Scientific memoirs by medical officers of the Army of India - Part IV,
Year: 1889
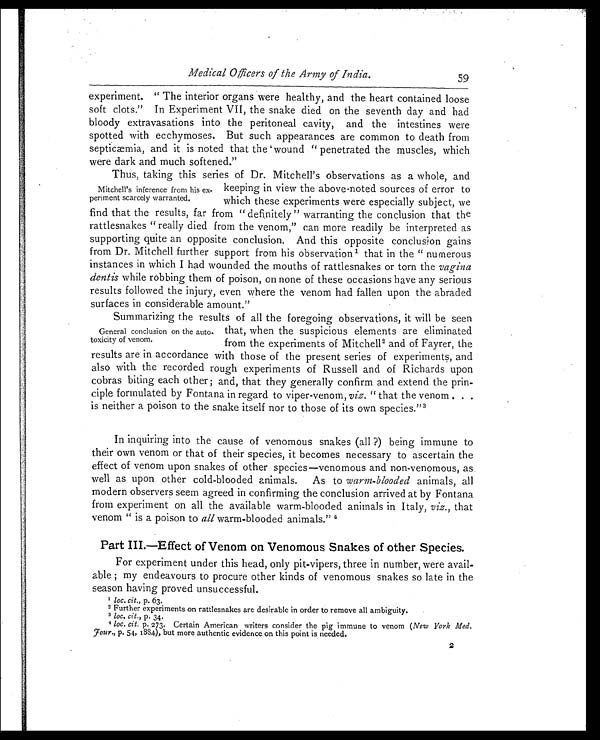
Medical Officers of the Army of India.
experiment. "The interior organs were healthy, and the heart contained loose
soft clots." In Experiment VII, the snake died on the seventh day and had
bloody extravasations into the peritoneal cavity, and the intestines were
spotted with ecchymoses. But such appearances are common to death from
septicæmia, and it is noted that the wound "penetrated the muscles, which
were dark and much softened."
Thus, taking this series of Dr. Mitchell's observations as a whole, and
keeping in view the above-noted sources of error to
which these experiments were especially subject, we
find that the results, far from "definitely" warranting the conclusion that the
rattlesnakes "really died from the venom," can more readily be interpreted as
supporting quite an opposite conclusion. And this opposite conclusion gains
from Dr. Mitchell further support from his observation1 that in the "numerous
instances in which I had wounded the mouths of rattlesnakes or torn the vagina
dentis while robbing them of poison, on none of these occasions have any serious
results followed the injury, even where the venom had fallen upon the abraded
surfaces in considerable amount."
Summarizing the results of all the foregoing observations, it will be seen
that, when the suspicious elements are eliminated
from the experiments of Mitchell 2 and of Fayrer, the
results are in accordance with those of the present series of experiments, and
also with the recorded rough experiments of Russell and of Richards upon
cobras biting each other; and, that they generally confirm and extend the prin-
ciple formulated by Fontana in regard to viper-venom, viz. " that the venom ..
. i s n e i t h e r a p o i s o n t o t h e s n a k e i t s e l f n o r t o t h o s e o f i t s o w n s p e c i e s . " 3
In inquiring into the cause of venomous snakes (all?) being immune to
their own venom or that of their species, it becomes necessary to ascertain the
effect of venom upon snakes of other species—venomous and non-venomous, as
well as upon other cold-blooded animals. As to warm-blooded animals, all
modern observers seem agreed in confirming the conclusion arrived at by Fontana
from experiment on all the available warm-blooded animals in Italy, viz., that
venom "is a poison to all warm-blooded animals."4
Part III.—Effect of Venom on Venomous Snakes of other Species.
For experiment under this head, only pit-vipers, three in number, were avail
-
able; my endeavours to procure other kinds of venomous snakes so late in the
season having proved unsuccessful.
1 l o c . c i t . , p . 6 3 .
2 Further experiments on rattlesnakes are desirable in order to remove all ambiguity.
3 l o c . c i t . , p . 3 4 .
4 loc. cit. p. 273. Certain American writers consider the pig immune to venom (New York Med.
Four., p. 54, 1834), but more authentic evidence on this point is needed.
2
59
Mitchell's inference from his ex-
periment scarcely warranted.
General conclusion on the auto-
toxicity of venom.